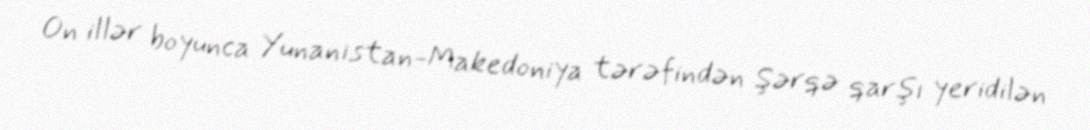
On illər boyunca Yunanıstan-Makedoniya tərəfindən Şərqə qarşı yeridilən